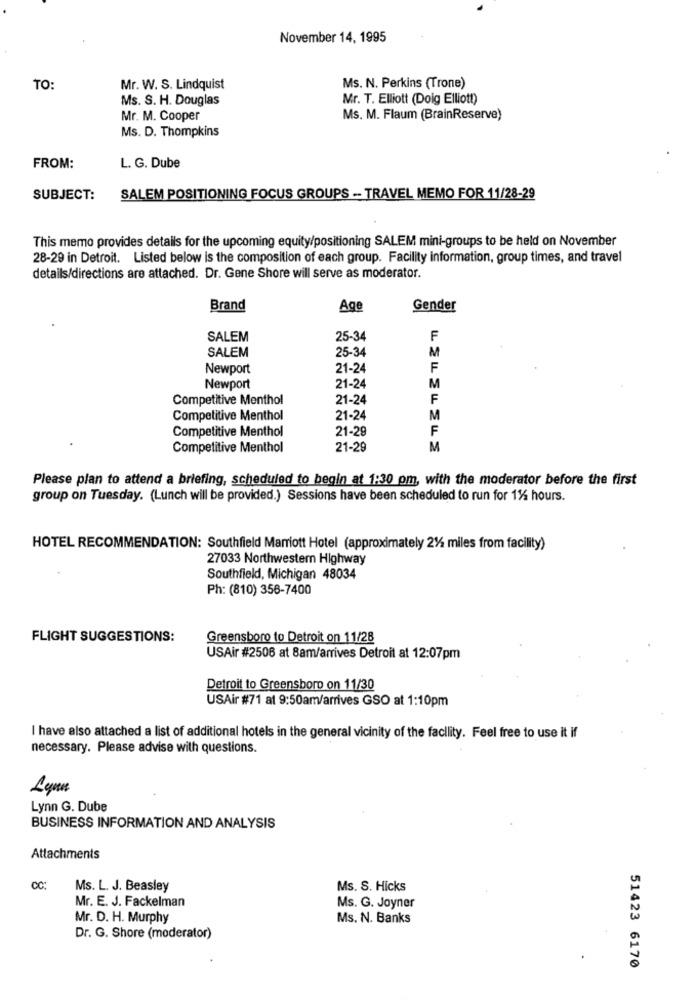
November 14, 1995
TO:
Mr. W. S. Lindquist
Ms. N. Perkins (Trone)
Ms. S. H. Douglas
Mr. T. Elliott (Doig Elliott)
Mr. M. Cooper
Ms. M. Flaum (BrainReserve)
Ms. D. Thompkins
FROM:
L. G. Dube
SUBJECT:
SALEM POSITIONING FOCUS GROUPS -- TRAVEL MEMO FOR 11/28-29
This memo provides details for the upcoming equity/positioning SALEM mini-groups to be held on November
28-29 in Detroit. Listed below is the composition of each group. Facility information, group times, and travel
details/directions are attached. Dr. Gene Shore will serve as moderator.
Brand
Age
Gender
SALEM
25-34
F
SALEM
25-34
M
Newport
21-24
F
Newport
21-24
M
Competitive Menthol
21-24
F
Competitive Menthol
21-24
M
Competitive Menthol
21-29
F
Competitive Menthol
21-29
M
Please plan to attend a briefing, scheduled to begin at 1:30 om, with the moderator before the first
group on Tuesday. (Lunch will be provided.) Sessions have been scheduled to run for 1% hours.
HOTEL RECOMMENDATION: Southfield Marriott Hotel (approximately 2% miles from facility)
27033 Northwestem Highway
Southfield, Michigan 48034
Ph: (810) 356-7400
FLIGHT SUGGESTIONS:
Greensboro to Detroit on 11/28
USAir #2506 at 8am/arrives Detroit at 12:07pm
Detroit to Greensboro on 11/30
USAir #71 at 9:50am/arrives GSO at 1:10pm
I have also attached a list of additional hotels in the general vicinity of the facility. Feel free to use it if
necessary. Please advise with questions.
Lynn
Lynn G. Dube
BUSINESS INFORMATION AND ANALYSIS
Attachments
CC:
Ms. L. J. Beasley
Ms. S. Hicks
Mr. E. J. Fackelman
Ms. G. Joyner
Mr. D. H. Murphy
Ms. N. Banks
Dr. G. Shore (moderator)
51423 6170